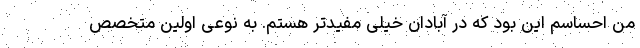
من احساسم این بود که در آبادان خیلی مفیدتر هستم. به نوعی اولین متخصص